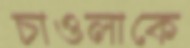
চাওলাকে